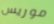
موريس